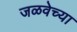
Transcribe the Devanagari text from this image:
जळवेच्या